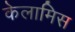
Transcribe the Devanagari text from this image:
केलामिस